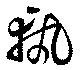
軌